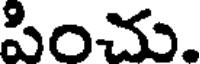
పించు.